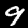
Label: 9